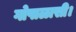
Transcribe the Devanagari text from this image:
गोपाळासी।